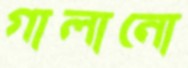
গালানো